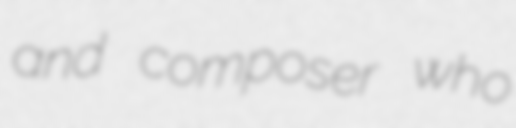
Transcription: and composer who